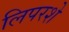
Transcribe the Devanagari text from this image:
लिपरशे